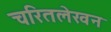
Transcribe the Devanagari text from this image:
चरितलेखन